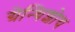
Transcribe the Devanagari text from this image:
ग्रेन्थिशोथ